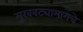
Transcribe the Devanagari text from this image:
मुखवट्यामागचे